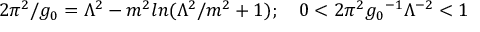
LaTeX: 2 \pi ^ { 2 } / g _ { 0 } = \Lambda ^ { 2 } - m ^ { 2 } l n ( \Lambda ^ { 2 } / m ^ { 2 } + 1 ) ; \quad 0 < 2 \pi ^ { 2 } { g _ { 0 } } ^ { - 1 } { \Lambda } ^ { - 2 } < 1